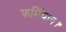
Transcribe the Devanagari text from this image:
फर्मियान।